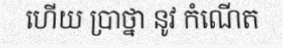
ហើយ ប្រាថ្នា នូវ កំណើត